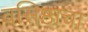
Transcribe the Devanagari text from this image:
वसिष्ठांचा